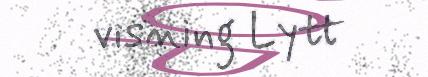
visning Lytt